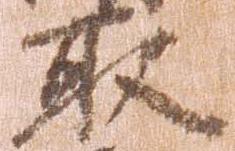
取